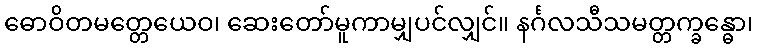
ဓောဝိတမတ္တေယေဝ၊ ဆေးတော်မူကာမျှပင်လျှင်။ နင်္ဂလသီသမတ္တက္ခန္ဓော၊